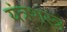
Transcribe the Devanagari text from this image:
यंत्रशस्त्र